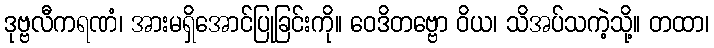
ဒုဗ္ဗလီကရဏံ၊ အားမရှိအောင်ပြုခြင်းကို။ ဝေဒိတဗ္ဗော ဝိယ၊ သိအပ်သကဲ့သို့။ တထာ၊